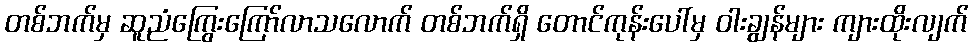
တစ်ဘက်မှ ဆူညံကြွေးကြော်လာသလောက် တစ်ဘက်ရှိ တောင်ကုန်းပေါ်မှ ဝါးချွန်များ ကျားထိုးလျက်